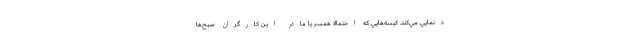
دنمايي مي‌كند. كيسه‌هايي كه احتمالا همسر يا مادر اين كارگران صبح‌ها